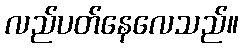
လည်ပတ်နေလေသည်။